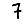
Digit: 7